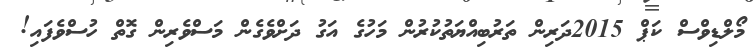
މޯލްޑިވްސް ކަޕް 2015ދަރިން ތަރުބިއްޔަތުކުރުން މަހުގެ އަގު ދަށްވެގެން މަސްވެރިން ގޮތް ހުސްވެފައި!